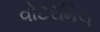
વોટરમિલ